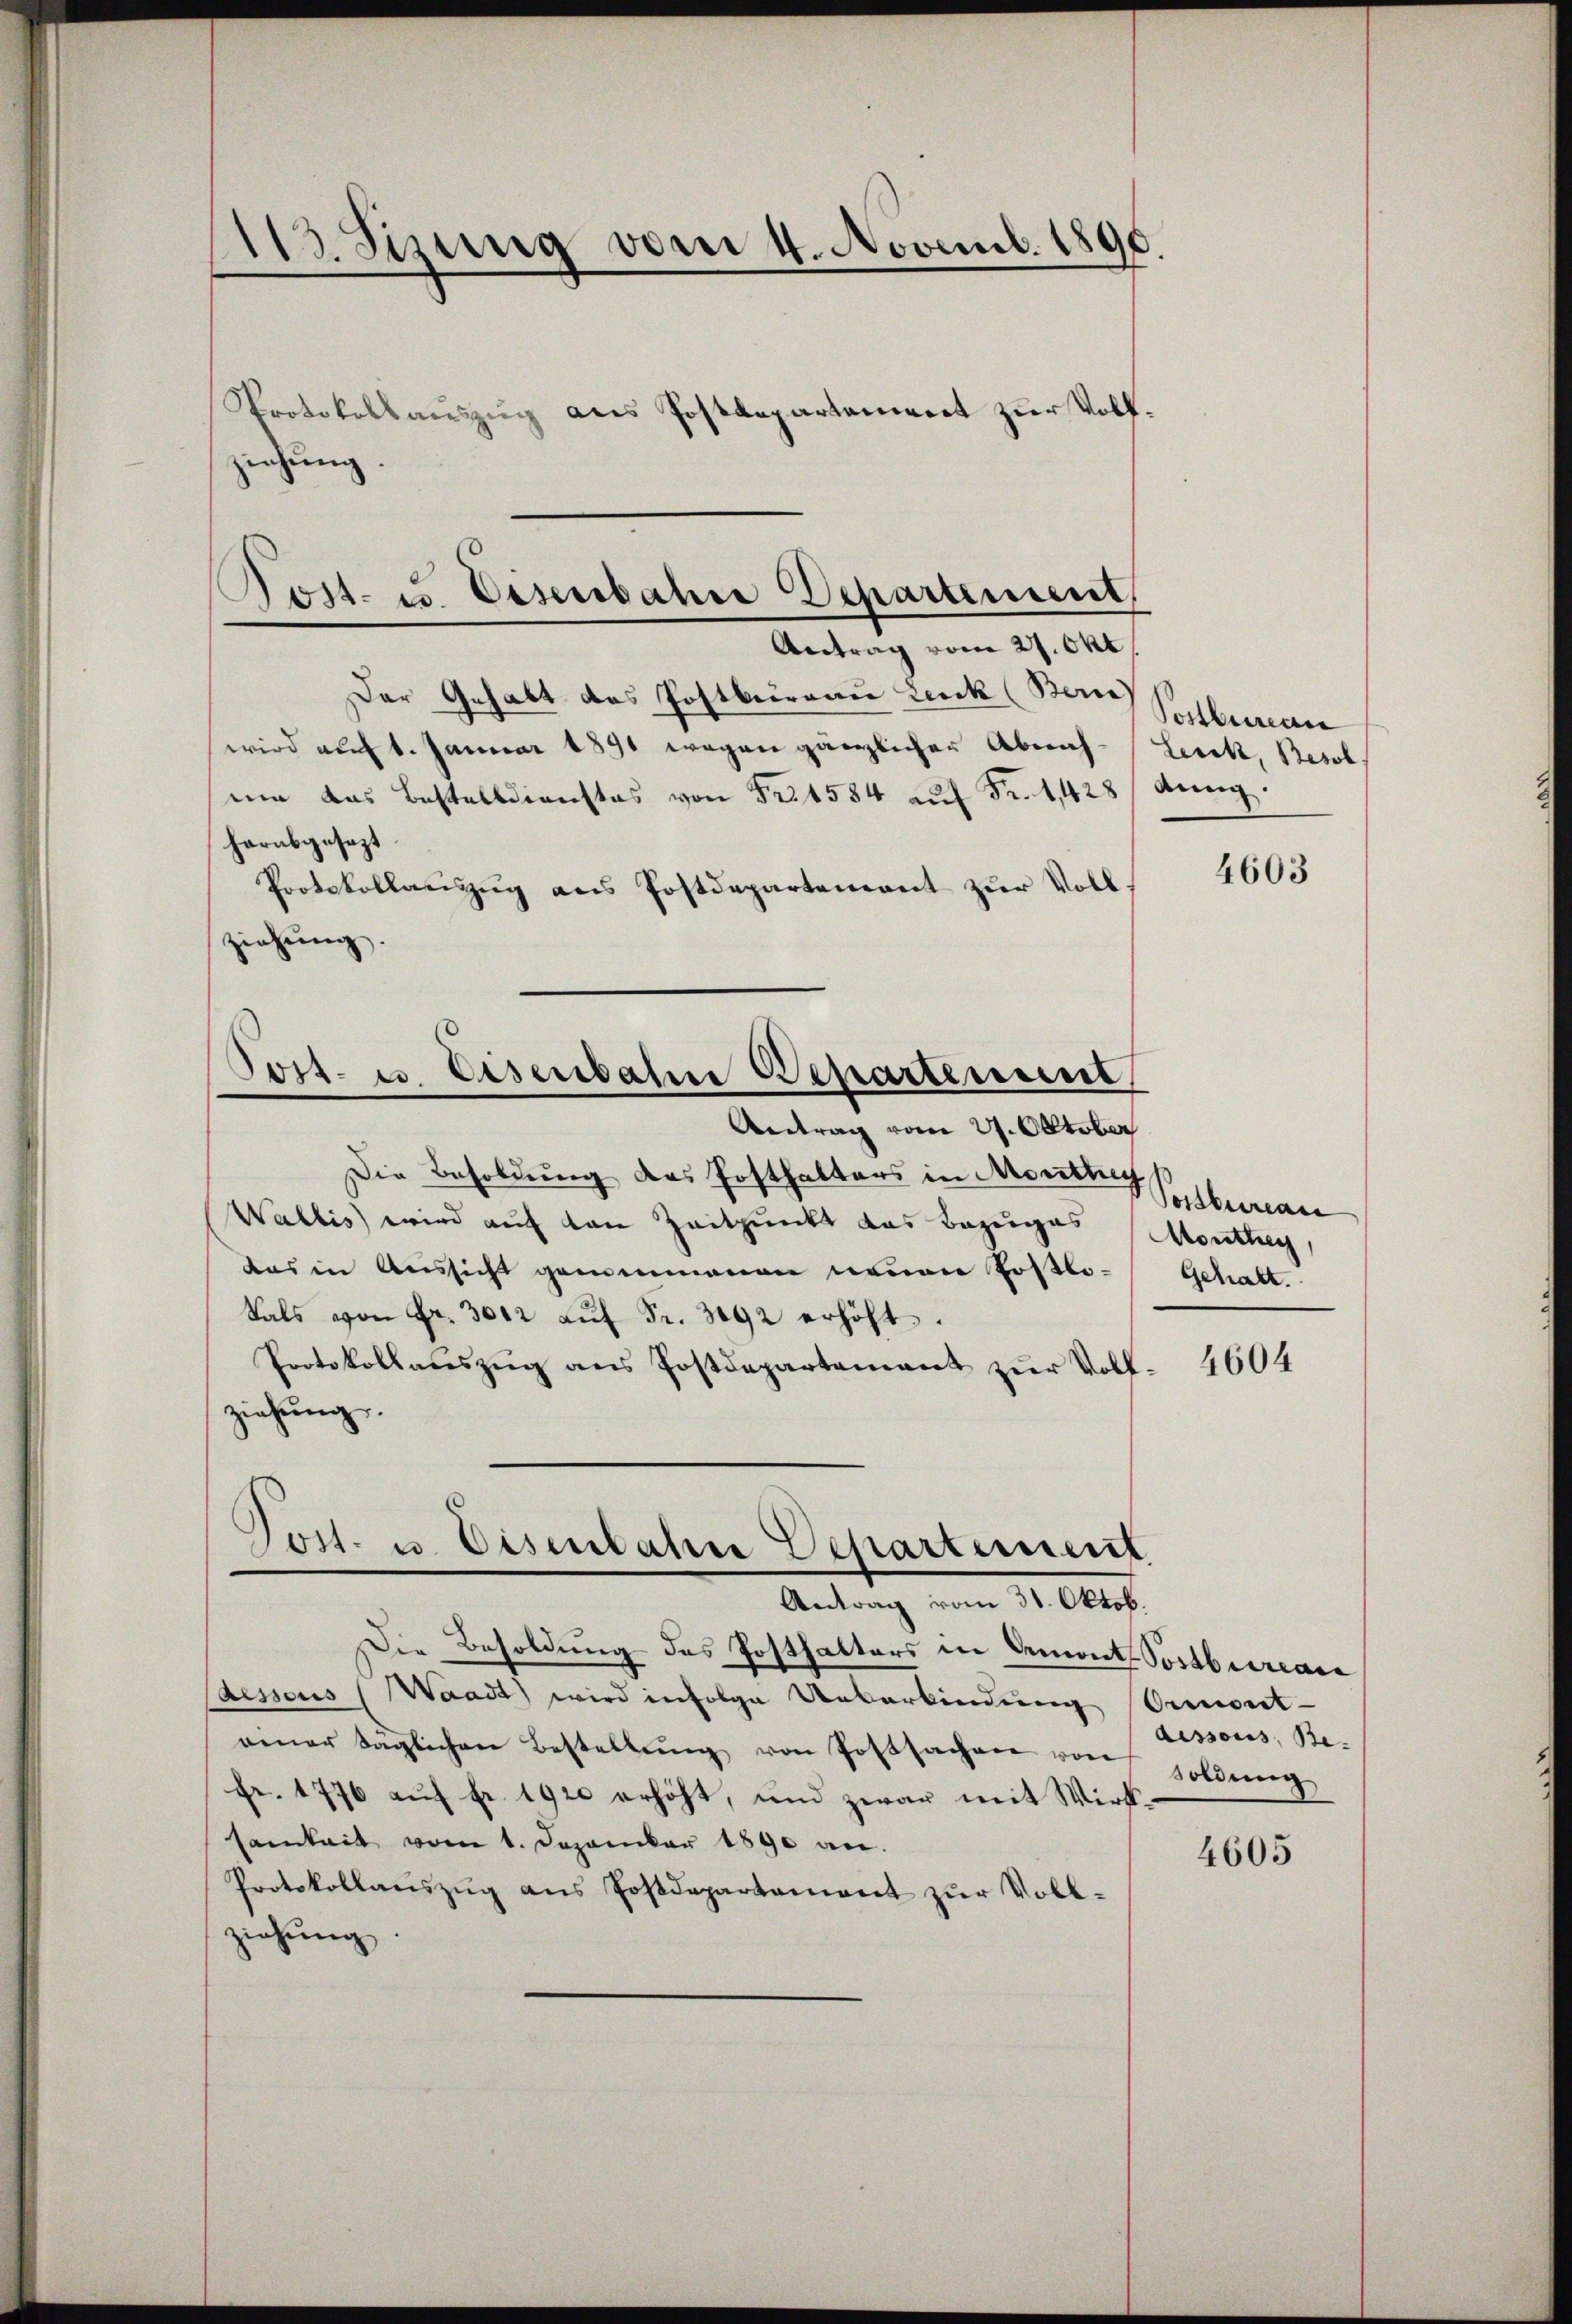
113. Sizung vom 4. Novemb. 1890.
Protokollauszug aus Postdepartement zur Volfziehung.

Post- u. Eisenbahre Departement,
Antrag vom 27. Okt.

Der Gehalt des Postbureau Lerck (Berne
wird auf 1. Januar 1891 wegen gänzlicher Abrah-Lerck, Besol
um das Bestelldienstes von Fr. 1584 auf Fr. 1428/ Aung.
herabgesezt
Protokollauszug aus Postdepartement zur Vollziehung.
Die Besoldung des Posthalters in Monthe
Wallis wird auf von Zeitpunkt das Bezuges
das in Aussicht gemeinenen neuen Postlokals von Fr. 3012 aŭf Fr. 3892 erhöht.
Protokollaŭszŭg ans Postdepartement zŭr Voll-
ziehung.
Post. u. Eisenbahn Departement

Pott. u. Eisenbahne Departement
Antrag vom 27. Oktober

Antrag vom 31. Oktob.

Die Besoldung des Posthalters in Demont. Postbureau
Caessous (Waadt, wird infolge Ueberkindung
einer taglichen Bestellung von Postsachen von soldung
Fr. 1776 auf fr. 1920 erhöht, und zwar mit Wirk
samkeit vom 1. Dezember 1890 an.
Protokollaŭszŭg ans Postdepartament zŭr Voll-
ziehung.

Postbureau

4603

Postbureau
Monthey,
Gehalt.

4604

Ormont
dissous, Be- |

4605